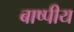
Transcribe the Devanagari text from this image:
बाष्पीय